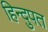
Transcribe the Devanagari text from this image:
हिन्दुपत